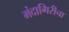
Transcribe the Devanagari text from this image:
मंदागिरीचा